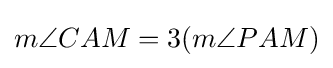
m\angle {CAM}=3(m\angle {PAM})